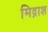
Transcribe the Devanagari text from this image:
मिद्राश